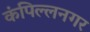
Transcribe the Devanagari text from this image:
कंपिल्लनगर